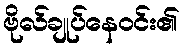
ဗိုလ်ချုပ်နေဝင်း၏